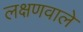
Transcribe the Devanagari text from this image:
लक्षणवाले